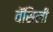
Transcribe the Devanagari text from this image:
वॅसिली